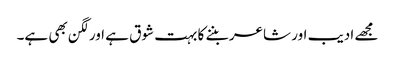
مجھے ادیب اور شاعر بننے کا بہت شوق ہے اور لگن بھی ہے۔